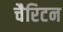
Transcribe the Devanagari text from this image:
चैरिटन